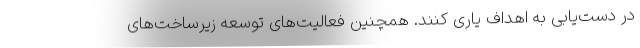
در دست‌یابی به اهداف یاری کنند. همچنین فعالیت‌های توسعه زیرساخت‌های